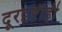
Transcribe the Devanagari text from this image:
दूरदृष्टीही